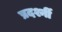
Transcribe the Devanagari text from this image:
प्रदर्श्नी